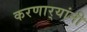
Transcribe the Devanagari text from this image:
करणार्‍यांनी